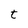
Character: t